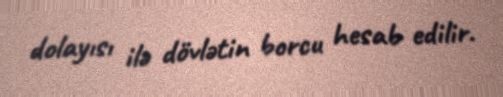
dolayısı ilə dövlətin borcu hesab edilir.